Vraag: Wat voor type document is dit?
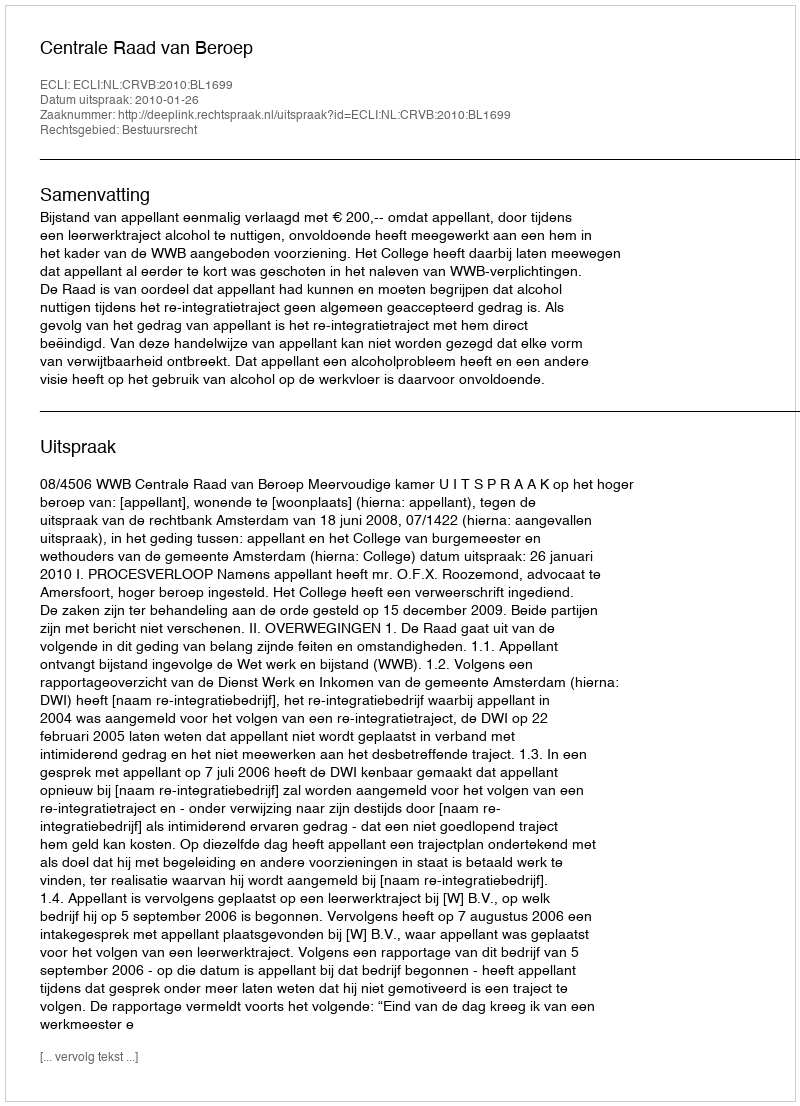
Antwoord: Uitspraak